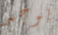
يوجد